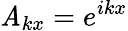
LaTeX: \mathit{A}_{kx}=e^{ikx}